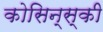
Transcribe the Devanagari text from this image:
कोसिन्स्की